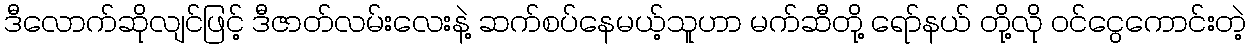
ဒီလောက်ဆိုလျင်ဖြင့် ဒီဇာတ်လမ်းလေးနဲ့ ဆက်စပ်နေမယ့်သူဟာ မက်ဆီတို့ ရော်နယ် တို့လို ဝင်ငွေကောင်းတဲ့